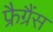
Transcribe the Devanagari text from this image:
फ्रैग्रैंस